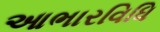
આભારવિધિ